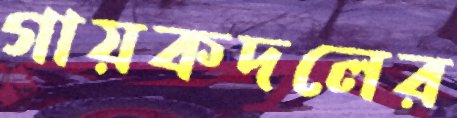
গায়কদলের